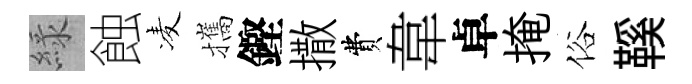
緑蝕凌攜鏗撒費韋卓掩俗鞵